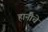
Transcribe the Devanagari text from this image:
हानीचे